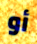
أو